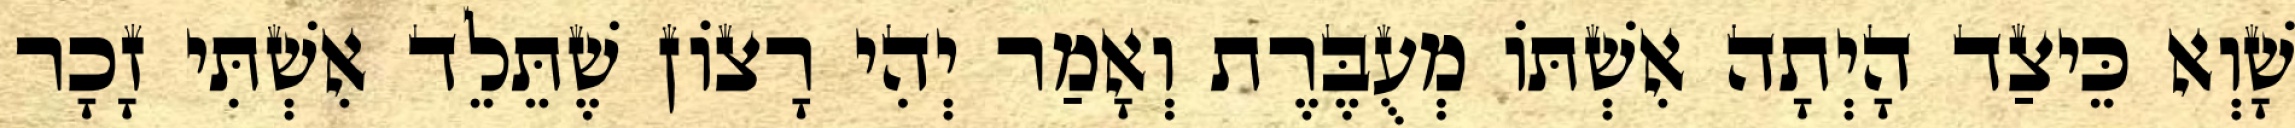
שָׁוְא כֵּיצַד הָיְתָה אִשְׁתּוֹ מְעֻבֶּרֶת וְאָמַר יְהִי רָצוֹן שֶׁתֵּלֵד אִשְׁתִּי זָכָר